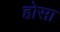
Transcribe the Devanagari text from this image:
होसा